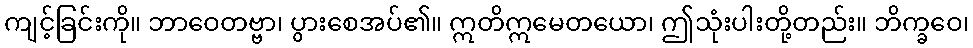
ကျင့်ခြင်းကို။ ဘာဝေတဗ္ဗာ၊ ပွားစေအပ်၏။ ဣတိဣမေတယော၊ ဤသုံးပါးတို့တည်း။ ဘိက္ခဝေ၊